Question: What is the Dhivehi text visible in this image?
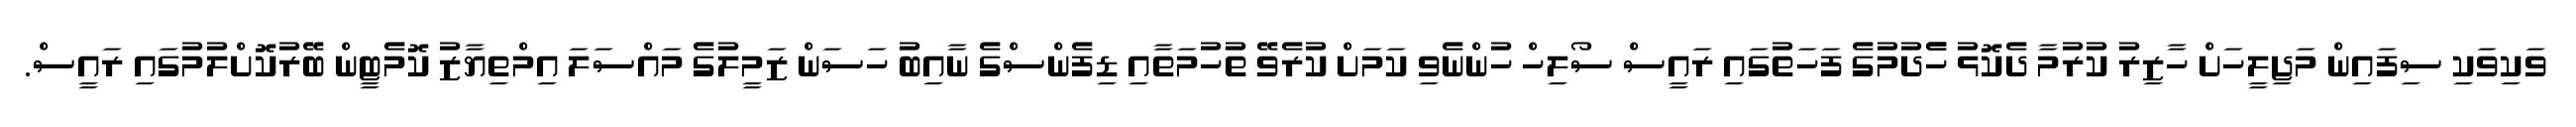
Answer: ވަކިވަކި ސިފައިން މަޖިލީހަށް ހާޒިރު ކުރުމާ ދެކޮޅު ހެެދުމުގެ ފަހަތުގައި ރައީސް ސޯލިހް ހުންނެވި ކަމަށް ކުރެވޭ ތުހުމަތާއި ޑިފެންސްގެ ނާއިބު ހަސަން ޒަމީލުގެ މައްސަލަ އިމްތިޔާޒު ކޮމެޓީން ބޭރުކޮށްލުމުގައި ރައީސް.